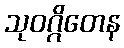
သုဝဂ္ဂိတေန